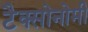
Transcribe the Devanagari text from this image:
टैक्सोनोमी